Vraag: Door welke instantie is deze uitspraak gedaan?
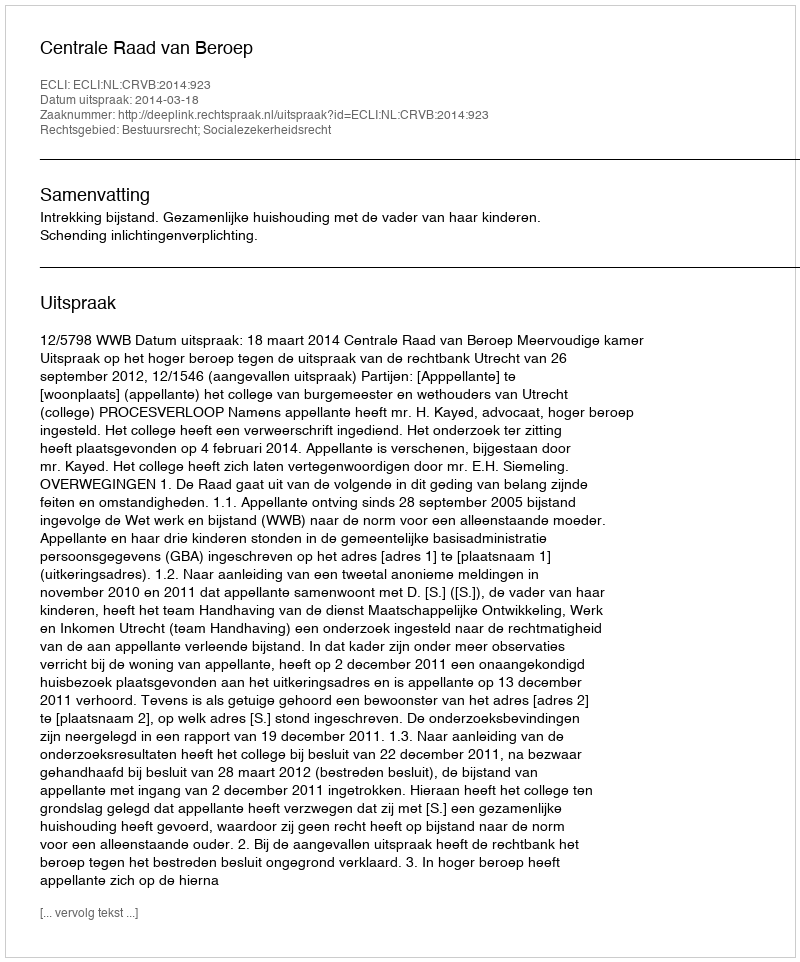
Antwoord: Centrale Raad van Beroep